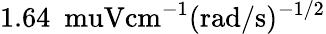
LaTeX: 1.64\ \mathrm{\ muV}\mathrm{cm}^{-1}(\mathrm{rad}/\mathrm{s})^{-1/2}